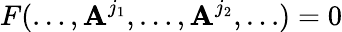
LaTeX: F(\dots,\mathbf{A}^{j_{1}},\dots,\mathbf{A}^{j_{2}},\dots)=0